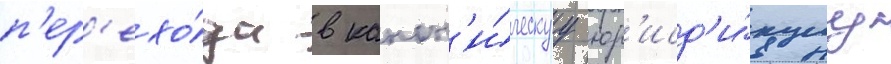
п'ер'ехо́да в канон'и́ческуу юр'исд'и́кциу